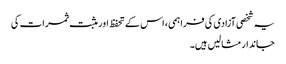
یہ شخصی آزادی کی فراہمی، اس کے تحفظ اور مثبت ثمرات کی
جاندار مثالیں ہیں۔